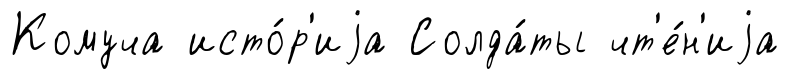
Комуча исто́р'иjа Солда́ты чт'е́н'иjа